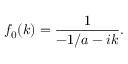
f _ { 0 } ( k ) = \frac { 1 } { - 1 / a - i k } .